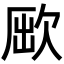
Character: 𣣃